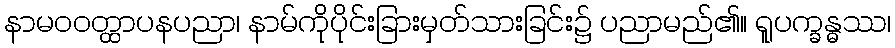
နာမဝဝတ္ထာပနပညာ၊ နာမ်ကိုပိုင်းခြားမှတ်သားခြင်း၌ ပညာမည်၏။ ရူပက္ခန္ဓဿ၊